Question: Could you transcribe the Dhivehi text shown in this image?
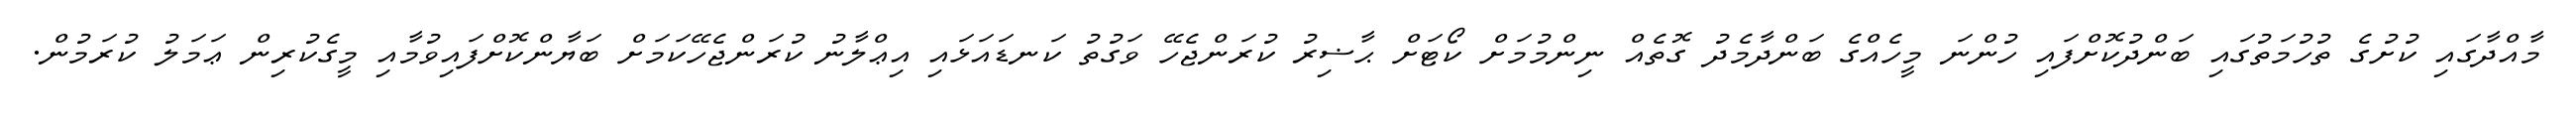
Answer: މާއްދާގައި ކުށުގެ ތުހުމަތުގައި ބަންދުކޮށްފައި ހުންނަ މީހެއްގެ ބަންދާމެދު ގޮތެއް ނިންމުމަށް ކޯޓަށް ޙާޟިރު ކުރަންޖެހޭ ވަގުތު ކަނޑައަޅައި އިޢްލާނު ކުރަންޖެހޭކަމަށް ބަޔާންކޮށްފައިވުމާއި މީގެކުރިން ޢަމަލު ކުރަމުން.